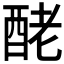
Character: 𨠬